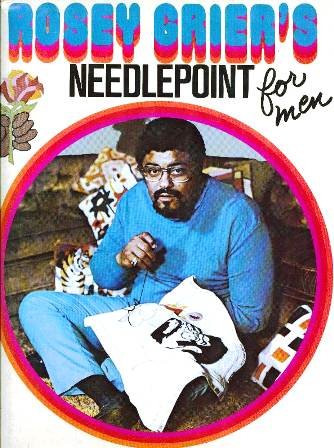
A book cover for Rosey Grier's Needlepoint for Men; Rosey Grier; Crafts, Hobbies & Home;